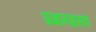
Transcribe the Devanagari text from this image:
अज्ञानग्रासकं